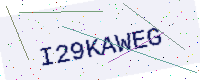
Text: I29KAWEG